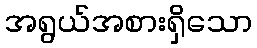
အရွယ်အစားရှိသော